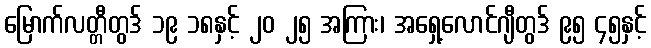
မြောက်လတ္တီတွဒ် ၁၉ ၁၈နှင့် ၂၀ ၂၅ အကြား၊ အရှေ့လောင်ဂျီတွဒ် ၉၅ ၄၅နှင့်